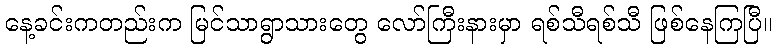
နေ့ခင်းကတည်းက မြင်သာရွာသားတွေ လော်ကြီးနားမှာ ရစ်သီရစ်သီ ဖြစ်နေကြပြီ။